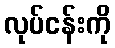
လုပ်ငန်းကို